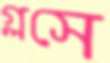
গ্লসে